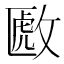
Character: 𫿈